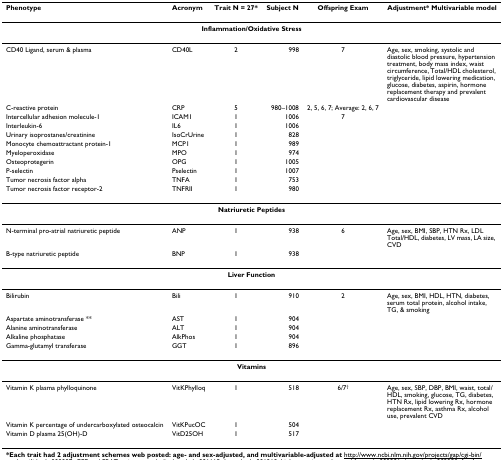
<table><thead><tr><td><b>Phenotype</b></td><td><b>Acronym</b></td><td><b>Trait N = 27*</b></td><td><b>Subject N</b></td><td><b>Offspring Exam</b></td><td><b>Adjustment* Multivariable model</b></td></tr></thead><tbody><tr><td colspan="6"><b>Inflammation/Oxidative Stress</b></td></tr><tr><td>CD40 Ligand, serum &amp; plasma</td><td>CD40L</td><td>2</td><td>998</td><td>7</td><td>Age, sex, smoking, systolic and diastolic blood pressure, hypertension treatment, body mass index, waist circumference, Total/HDL cholesterol, triglyceride, lipid lowering medication, glucose, diabetes, aspirin, hormone replacement therapy and prevalent cardiovascular disease</td></tr><tr><td>C-reactive protein</td><td>CRP</td><td>5</td><td>980–1008</td><td>2, 5, 6, 7; Average: 2, 6, 7</td><td></td></tr><tr><td>Intercellular adhesion molecule-1</td><td>ICAM1</td><td>1</td><td>1006</td><td>7</td><td></td></tr><tr><td>Interleukin-6</td><td>IL6</td><td>1</td><td>1006</td><td></td><td></td></tr><tr><td>Urinary isoprostanes/creatinine</td><td>IsoCrUrine</td><td>1</td><td>828</td><td></td><td></td></tr><tr><td>Monocyte chemoattractant protein-1</td><td>MCP1</td><td>1</td><td>989</td><td></td><td></td></tr><tr><td>Myeloperoxidase</td><td>MPO</td><td>1</td><td>974</td><td></td><td></td></tr><tr><td>Osteoprotegerin</td><td>OPG</td><td>1</td><td>1005</td><td></td><td></td></tr><tr><td>P-selectin</td><td>Pselectin</td><td>1</td><td>1007</td><td></td><td></td></tr><tr><td>Tumor necrosis factor alpha</td><td>TNFA</td><td>1</td><td>753</td><td></td><td></td></tr><tr><td>Tumor necrosis factor receptor-2</td><td>TNFRII</td><td>1</td><td>980</td><td></td><td></td></tr><tr><td colspan="6"><b>Natriuretic Peptides</b></td></tr><tr><td>N-terminal pro-atrial natriuretic peptide</td><td>ANP</td><td>1</td><td>938</td><td>6</td><td>Age, sex, BMI, SBP, HTN Rx, LDL Total/HDL, diabetes, LV mass, LA size, CVD</td></tr><tr><td>B-type natriuretic peptide</td><td>BNP</td><td>1</td><td>938</td><td></td><td></td></tr><tr><td colspan="6"><b>Liver Function</b></td></tr><tr><td>Bilirubin</td><td>Bili</td><td>1</td><td>910</td><td>2</td><td>Age, sex, BMI, HDL, HTN, diabetes, serum total protein, alcohol intake, TG, &amp; smoking</td></tr><tr><td>Aspartate aminotransferase **</td><td>AST</td><td>1</td><td>904</td><td></td><td></td></tr><tr><td>Alanine aminotransferase</td><td>ALT</td><td>1</td><td>904</td><td></td><td></td></tr><tr><td>Alkaline phosphatase</td><td>AlkPhos</td><td>1</td><td>904</td><td></td><td></td></tr><tr><td>Gamma-glutamyl transferase</td><td>GGT</td><td>1</td><td>896</td><td></td><td></td></tr><tr><td colspan="6"><b>Vitamins</b></td></tr><tr><td>Vitamin K plasma phylloquinone</td><td>VitKPhylloq</td><td>1</td><td>518</td><td>6/7<sup>†</sup></td><td>Age, sex, SBP, DBP, BMI, waist, total/HDL, smoking, glucose, TG, diabetes, HTN Rx, lipid lowering Rx, hormone replacement Rx, asthma Rx, alcohol use, prevalent CVD</td></tr><tr><td>Vitamin K percentage of undercarboxylated osteocalcin</td><td>VitKPucOC</td><td>1</td><td>504</td><td></td><td></td></tr><tr><td>Vitamin D plasma 25(OH)-D</td><td>VitD25OH</td><td>1</td><td>517</td><td></td><td></td></tr></tbody></table>